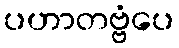
ပဟာတဗ္ဗံပေ